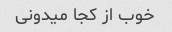
خوب از کجا میدونی